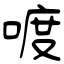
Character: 喥